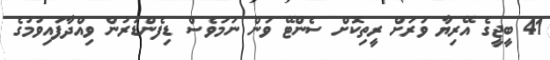
41 ބީޖީގެ އޭރިޔާ ވަރަށް ރީތިކޮށް ސެންޓޭ ވަން ނަމަވެސް ޑިފެންޑަރުން ވިއްދާފައިވުމުގެ